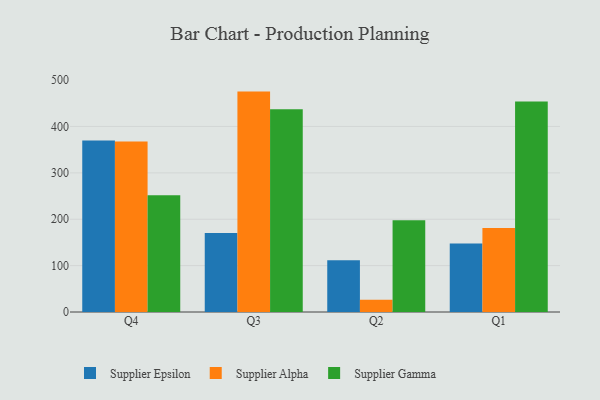
{"axis": {"x": "Quarter", "y": "Bounce Rate (%)"}, "legend": ["Supplier Alpha", "Supplier Epsilon", "Supplier Gamma"], "data": [{"x": "Q4", "y": 369.5, "type": "Supplier Epsilon"}, {"x": "Q4", "y": 367.7, "type": "Supplier Alpha"}, {"x": "Q4", "y": 251.6, "type": "Supplier Gamma"}, {"x": "Q3", "y": 170.4, "type": "Supplier Epsilon"}, {"x": "Q3", "y": 475.2, "type": "Supplier Alpha"}, {"x": "Q3", "y": 436.9, "type": "Supplier Gamma"}, {"x": "Q2", "y": 111.5, "type": "Supplier Epsilon"}, {"x": "Q2", "y": 26.5, "type": "Supplier Alpha"}, {"x": "Q2", "y": 198.0, "type": "Supplier Gamma"}, {"x": "Q1", "y": 147.5, "type": "Supplier Epsilon"}, {"x": "Q1", "y": 180.9, "type": "Supplier Alpha"}, {"x": "Q1", "y": 453.9, "type": "Supplier Gamma"}]}